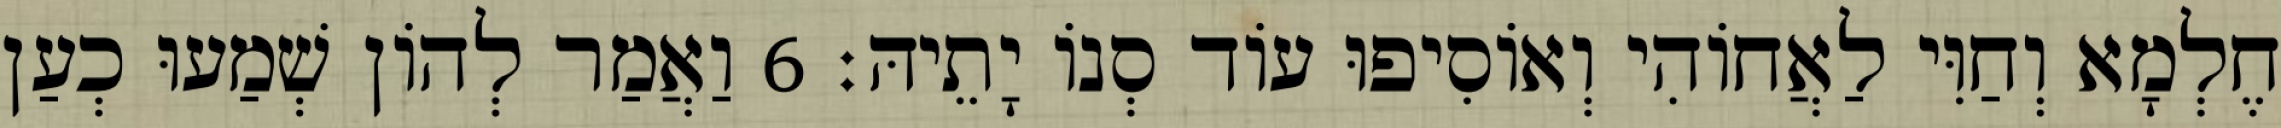
חֶלְמָא וְחַוִּי לַאֲחוֹהִי וְאוֹסִיפוּ עוֹד סְנוֹ יָתֵיהּ׃ 6 וַאֲמַר לְהוֹן שְׁמַעוּ כְעַן